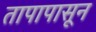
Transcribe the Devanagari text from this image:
तापापासून